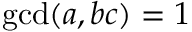
\operatorname* { g c d } ( a , b c ) = 1